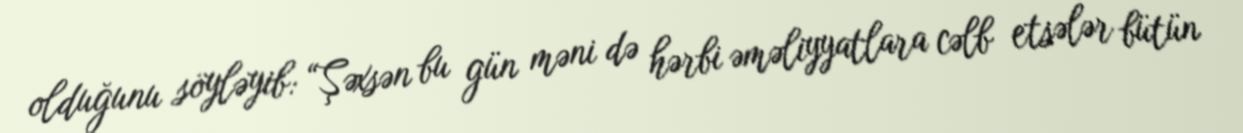
olduğunu söyləyib: “Şəxsən bu gün məni də hərbi əməliyyatlara cəlb etsələr bütün